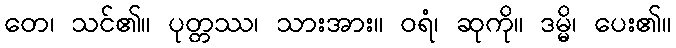
တေ၊ သင်၏။ ပုတ္တဿ၊ သားအား။ ဝရံ၊ ဆုကို။ ဒမ္မိ၊ ပေး၏။